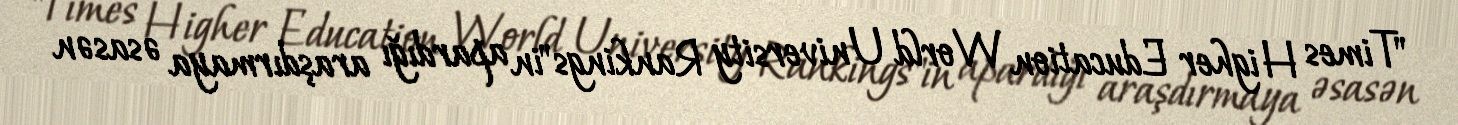
"Times Higher Education World University Rankings"in apardığı araşdırmaya əsasən